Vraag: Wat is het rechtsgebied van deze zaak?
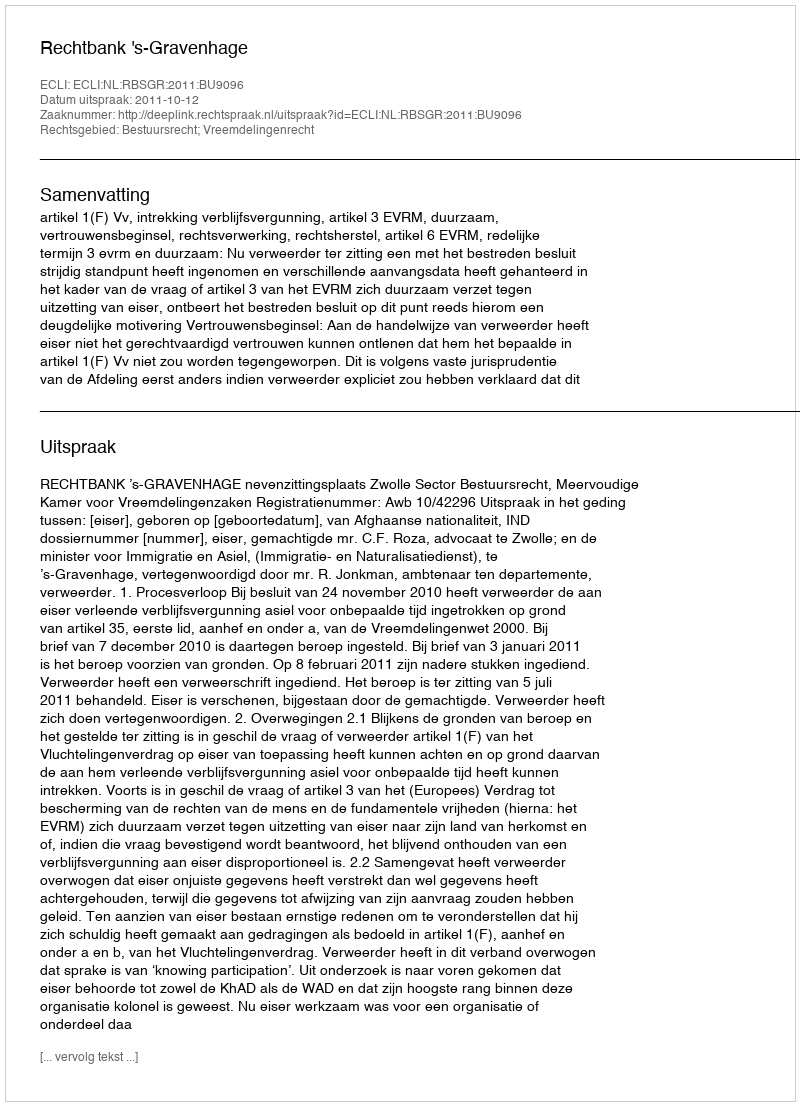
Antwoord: Bestuursrecht; Vreemdelingenrecht